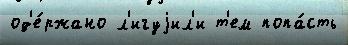
од'е́ржано л'игуjил'и т'ем попа́сть